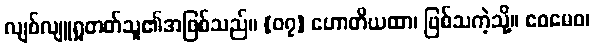
လျစ်လျူရှုတတ်သူ၏အဖြစ်သည်။ {၀၇} ဟောတိယထာ၊ ဖြစ်သကဲ့သို့။ ဧဝမေဝ၊